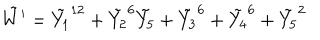
LaTeX: \tilde { W ^ { \prime } } = \tilde { Y _ { 1 } } ^ { 1 2 } + \tilde { Y _ { 2 } } ^ { 6 } \tilde { Y _ { 5 } } + \tilde { Y _ { 3 } } ^ { 6 } + \tilde { Y _ { 4 } } ^ { 6 } + \tilde { Y _ { 5 } } ^ { 2 }